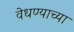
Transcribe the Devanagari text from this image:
वेधण्याच्या